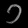
Digit: ၁